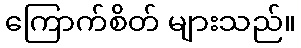
ကြောက်စိတ် များသည်။